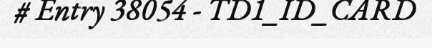
# Entry 38054 - TD1_ID_CARD